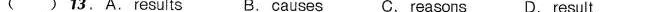
( ) 13.A.Results B.Causes C.Reasons D. Result